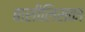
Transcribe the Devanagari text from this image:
बासीलिसका